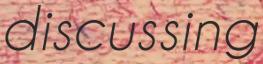
discussing